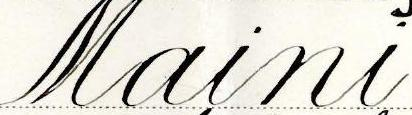
Maini